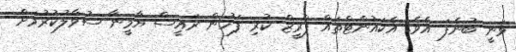
ވަނީ ބުނެފަ އެވެ. އެކައުންޓްތައް ފްރީޒް ކުރި ފަހުން ރައީސް ޔާމީނާ ސުވާލުކުރުމަށް